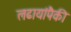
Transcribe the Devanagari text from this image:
लढायांपैकी